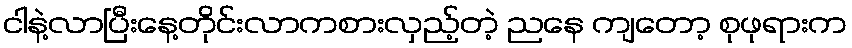
ငါနဲ့လာပြီးနေ့တိုင်းလာကစားလှည့်တဲ့ ညနေ ကျတော့ စုဖုရားက